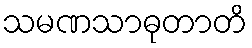
သမဏသာဓုတာတိ